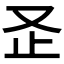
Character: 𭆨